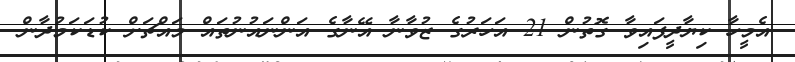
އެމީހާ ކިޔާދީފައިވާ ގޮތުން 21 އަހަރުގެ ޒުވާނާ އޭނާގެ އަންނައުނުތައް މައްޗަށް ކުޑަކަމުދާން